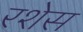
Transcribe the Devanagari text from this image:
रशेस